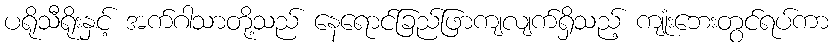
ပရိုသီရိုးနှင့် အက်ဂါသာတို့သည် နေရောင်ခြည်ဖြာကျလျက်ရှိသည့် ကျုံးဘေးတွင်ရပ်ကာ